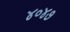
૪૦૪૭